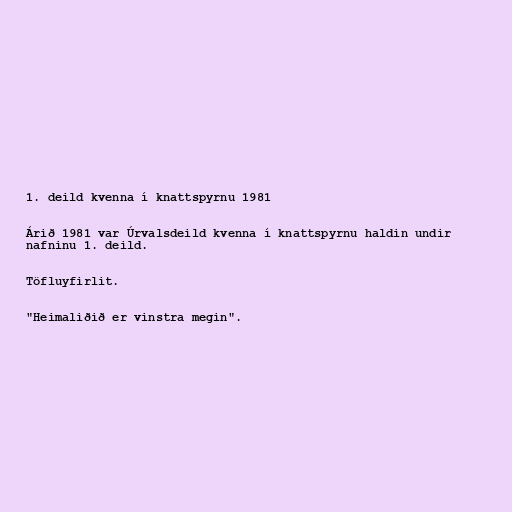
1. deild kvenna í knattspyrnu 1981

Árið 1981 var Úrvalsdeild kvenna í knattspyrnu haldin undir
nafninu 1. deild.

Töfluyfirlit.

"Heimaliðið er vinstra megin".